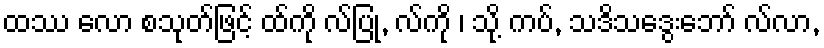
ထဿ လော စသုတ်ဖြင့် ထ်ကို လ်ပြု, လ်ကို ၊ သို့ ကပ်, သဒိသဒွေးဘော် လ်လာ,